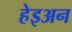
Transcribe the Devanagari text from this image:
हेइअन